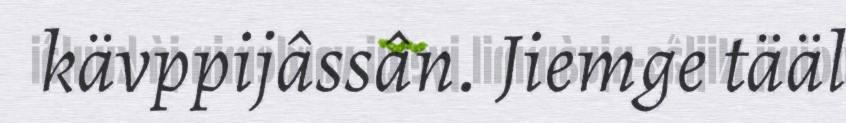
kävppijâssân. Jiemge tääl